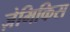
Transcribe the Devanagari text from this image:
ज़ेमिकिस